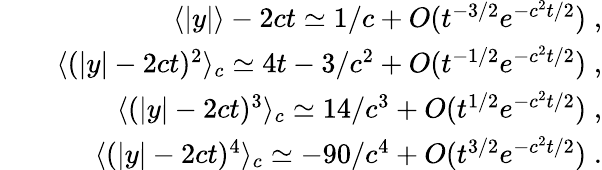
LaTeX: \begin{array}{rlr}&{}&{\langle|y|\rangle-2ct\simeq 1/c+O(t^{-3/2}e^{-c^{2}t/2})\; ,}\\ &{}&{\langle(|y|-2ct)^{2}\rangle_{c}\simeq 4t-3/c^{2}+O(t^{-1/2}e^{-c^{2}t/2})\; ,}\\ &{}&{\langle(|y|-2ct)^{3}\rangle_{c}\simeq 14/c^{3}+O(t^{1/2}e^{-c^{2}t/2})\; ,}\\ &{}&{\langle(|y|-2ct)^{4}\rangle_{c}\simeq-90/c^{4}+O(t^{3/2}e^{-c^{2}t/2})\; .}\end{array}